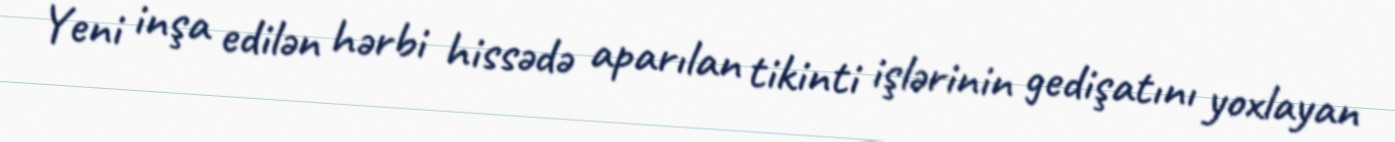
Yeni inşa edilən hərbi hissədə aparılan tikinti işlərinin gedişatını yoxlayan